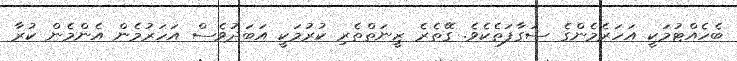
ބެހެއްޓުމަކީ އަހަރެމެންގެ ސަގާފަތެކެވެ. ގޭތެރެ ޒީނަތްތެރި ކުރުމަކީ އަބަދުވެސް އަހަރުމެން އެންމެން ކުރާ